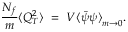
{ \frac { N _ { f } } { m } } \langle Q _ { T } ^ { 2 } \rangle ~ = ~ V { \langle \bar { \psi } { \psi } \rangle } _ { m \rightarrow 0 } .